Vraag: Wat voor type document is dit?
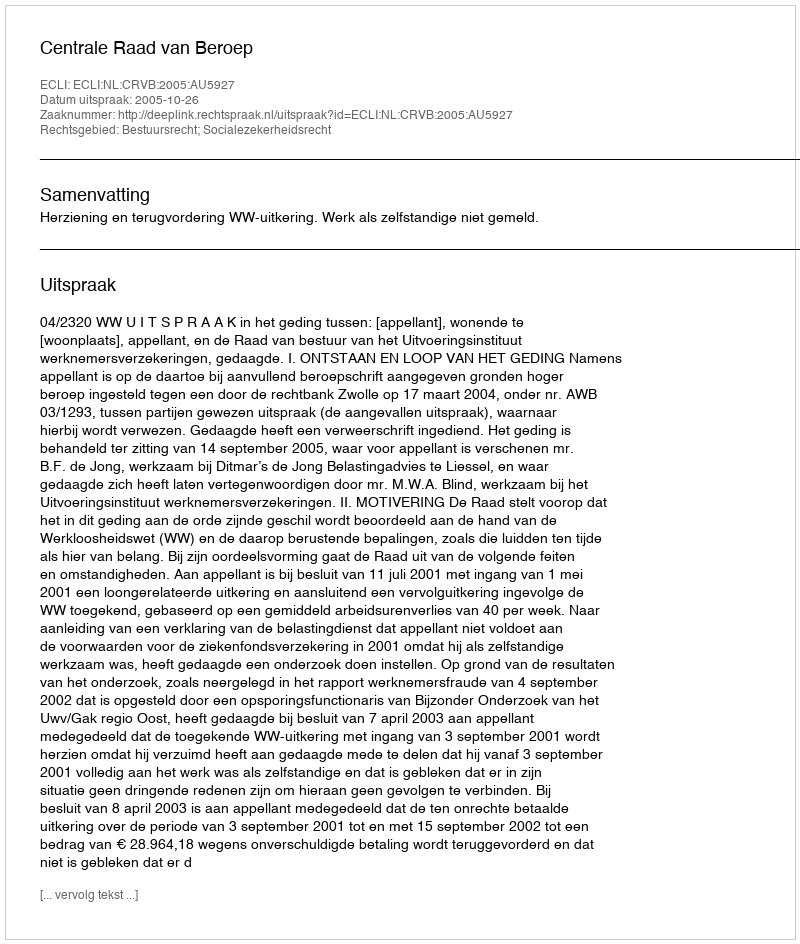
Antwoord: Uitspraak